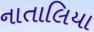
નાતાલિયા